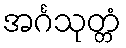
အင်္ဂသုတ္တံ